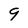
Character: 9